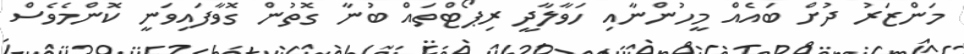
މަންޒަރު ދުށް ބައެއް މީހުންނާއި ހަވާލާދީ ރިޕޯޓްތައް ބުނާ ގޮތުން ގޮވާފައިވަނީ ކޮންމެވެސް